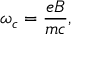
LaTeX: \omega _ { c } = { \frac { e B } { m c } } ,